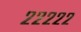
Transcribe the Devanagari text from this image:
२२२२२